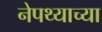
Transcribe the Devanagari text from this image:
नेपथ्याच्या